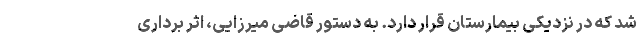
شد که در نزدیکی بیمارستان قرار دارد. به دستور قاضی میرزایی، اثر برداری